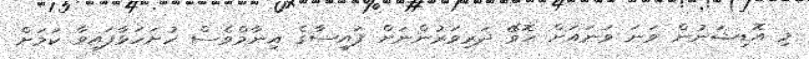
މި އޮޑިޝަނުން ވަނަ ވަނައަށް ހޮވޭ ދަރިވަރުންނަށް ފައިސާގެ އިނާމްވެސް ހުށަހަޅާފައިވާ ކަމަށް